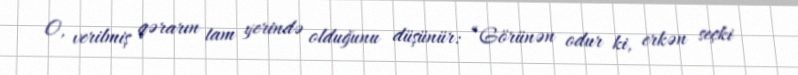
O, verilmiş qərarın tam yerində olduğunu düşünür: “Görünən odur ki, erkən seçki